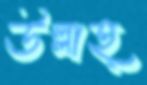
উল্লাহ্